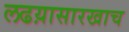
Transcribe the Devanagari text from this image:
लढय़ासारखाच